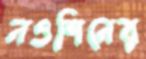
নওশিনের